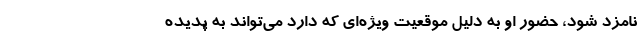
نامزد شود، حضور او به دلیل موقعیت ویژه‌ای که دارد می‌تواند به پدیده